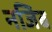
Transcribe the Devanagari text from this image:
नजिब